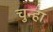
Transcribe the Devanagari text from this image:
चुन्हा